Madras plague regulations in force outside the Presidency town - Volume 7
Disease focus: Plague
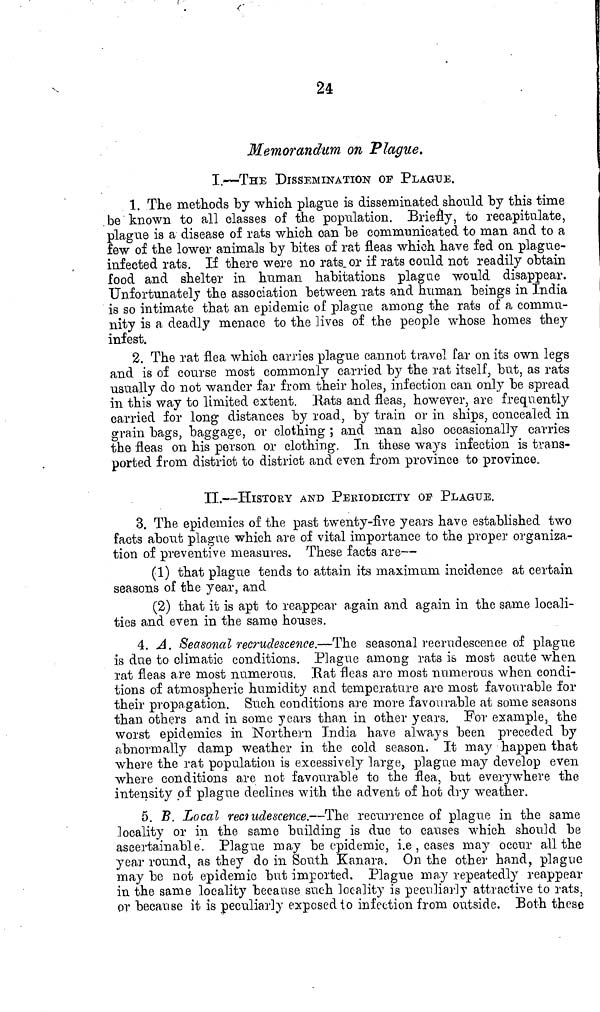
24
Memorandum on Plague.
I.—THE DISSEMINATION OF PLAGUE.
1. The methods by which plague is disseminatedshould by this time
be known to all classes of the population. Briefly, to recapitulate,
plague is a disease of rats which can be communicated to man and to a
few of the lower animals by bites of rat fleas which have fed on plague-
infected rats. If there were no rats, or if rats could not readily obtain
food and shelter in human habitations plague would disappear.
Unfortunately the association between rats and human beings in India
is so intimate that an epidemic of plague among the rats of a commu-
nity is a deadly menace to the lives of the people whose homes they
infest.
2. The rat flea which carries plague cannot travel far on its own legs
and is of course most commonly carried by the rat itself, but, as rats
usually do not wander far from their holes, infection can only be spread
in this way to limited extent. Rats and fleas., however, are frequently
carried for long distances by road, by train or in ships, concealed in
grain bags, baggage, or clothing ; and man also occasionally carries
the fleas on his person or clothing. In these ways infection is trans-
ported from district to district and even from province to province.,
II.—HISTORY AND PERIODICITY OP PLAGUE.
3. The epidemics of the past twenty-five years have established two
facts about plague which are of vital importance to the proper organiza-
tion of preventive measures. These facts are—
(1) that plague tends to attain its maximum incidence at certain
seasons of the year, and
(2) that it is apt to reappear again and again in the same Reali-
ties and even in the same houses.
4. A, Seasonal recrudescence.—The seasonal recrudescence of plague
is due to climatic conditions. Plague among rats ib most acute when
rat fleas are most numerous. Hat fleas are most numerous when condi-
tions of atmospheric humidity and temperature are most favourable for
their propagation. Such conditions are more favourable at some seasons
than others and in some years than in other years. For example, the
worst epidemics in Northern India have always been preceded by
abnormally damp weather in the cold season. It may happen that
where the rat population is excessively large, plague may develop even
where conditions are not favourable to the flea, but ever} T where the
intensity of pla.gue declines with the advent of hot dry weather.
5. B. Local recrudescence.—The recurrence of plague in the same
locality or in the same building is due to causes which should be
ascertainable. Plague may be epidemic, i.e , cases may occur all the
yea,r round, as they do in South Kanara. On the other hand, plague
may be not epidemic but imported. Plague may repeatedly reappear
in the same locality because such locality is peculiarly attractive to rats,
or because it is peculiarly exposed to infection from outside. Both these